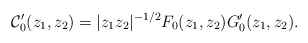
\begin{align*}\mathcal{C}'_0(z_1, z_2) = |z_1z_2|^{-1/2}F_0(z_1, z_2)G'_0(z_1, z_2).\end{align*}